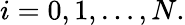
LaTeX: i=0,1,\dotsc,N.